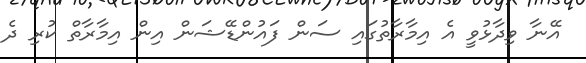
އޭނާ ވިދާޅުވީ އެ އިމާރާތުގައި ސަން ފައުންޑޭޝަން އިން އިމާރާތް ކުރި ދެ